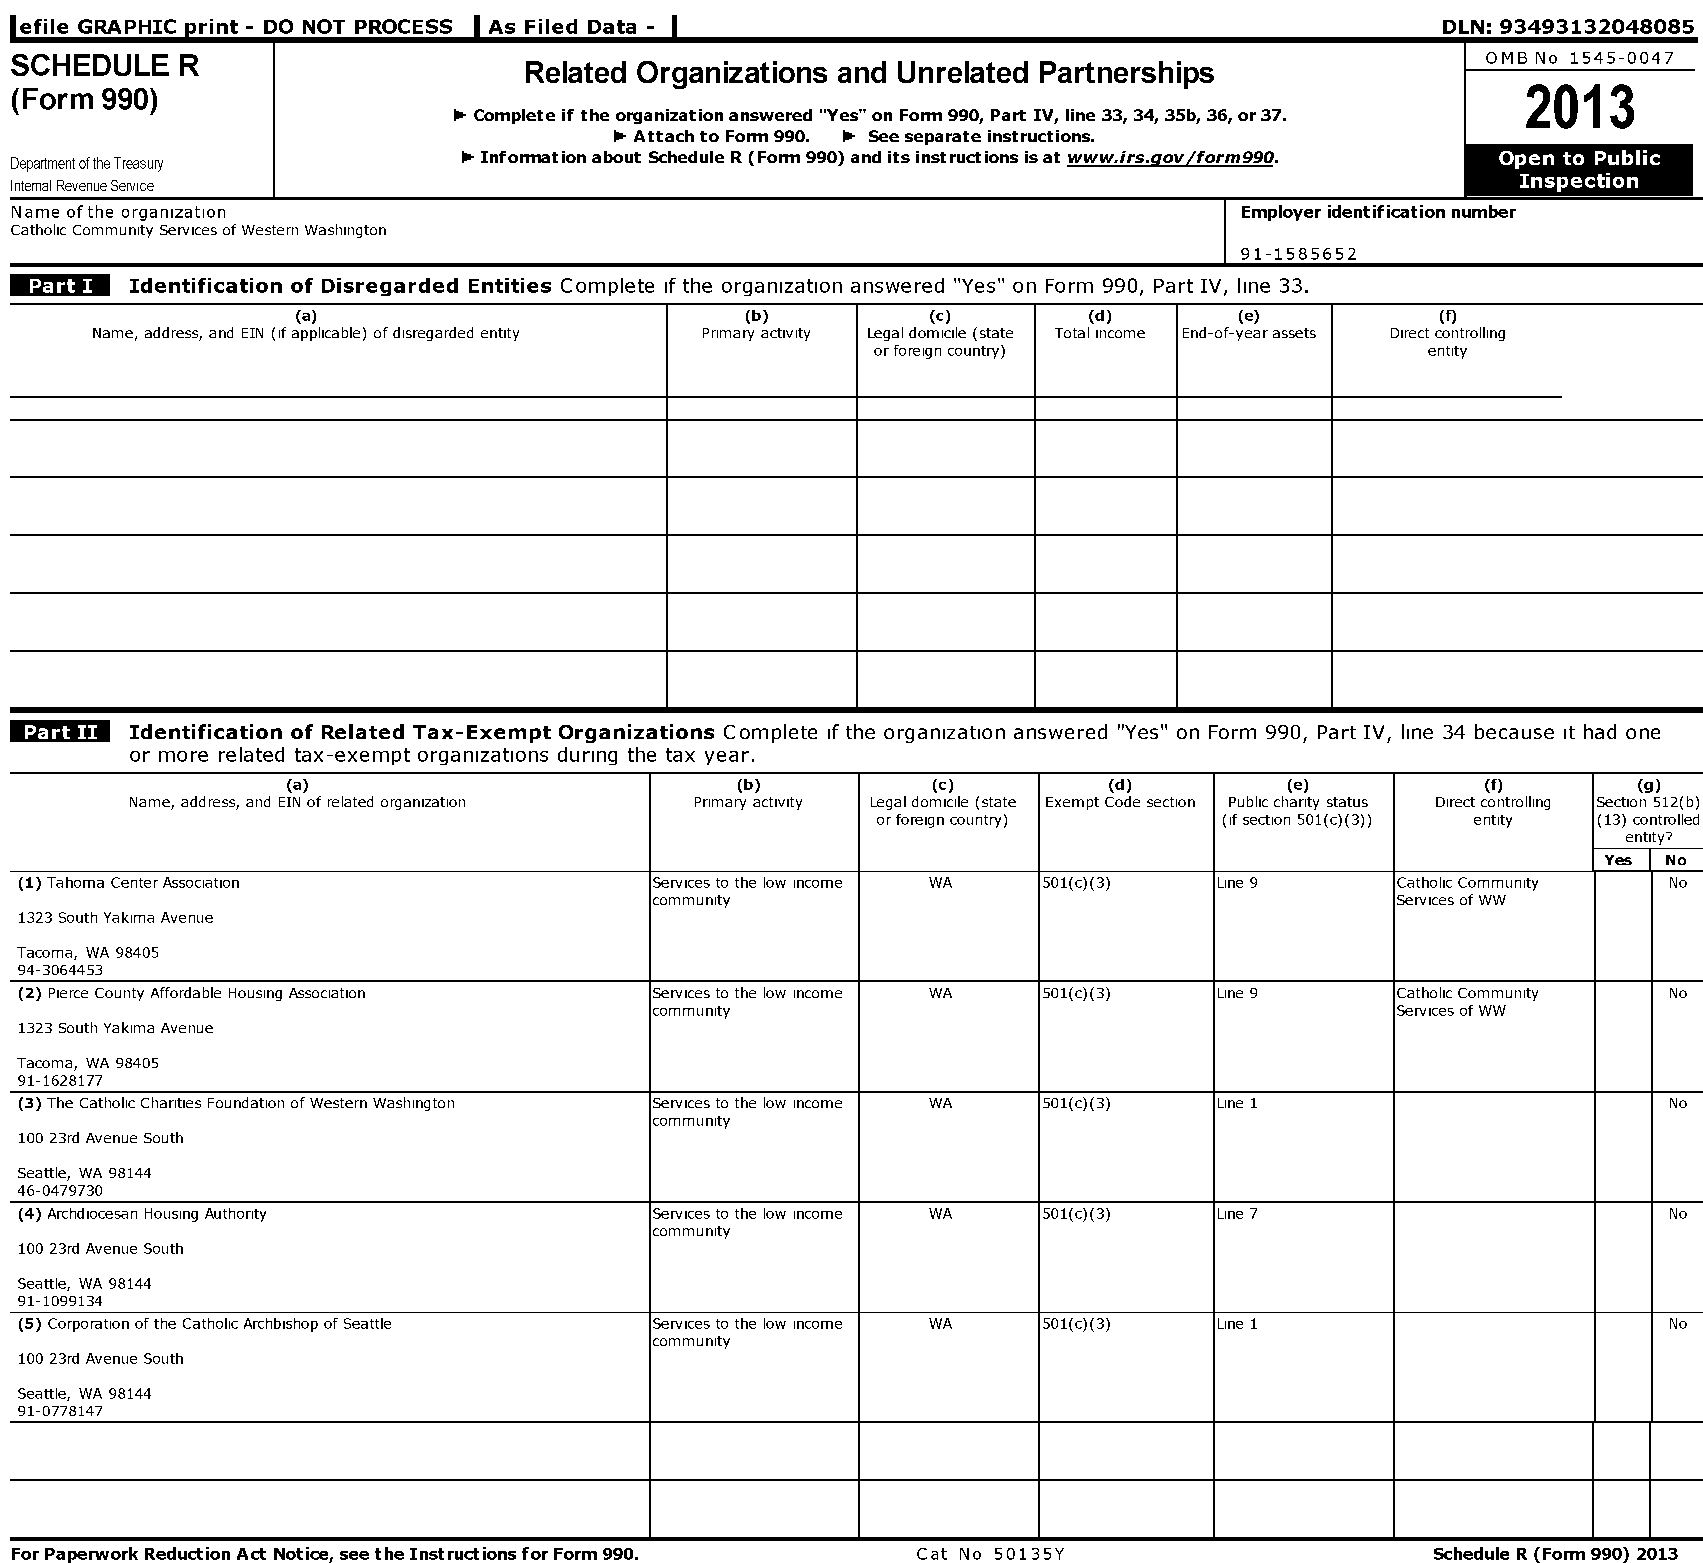
lefile GRAPHIC print - DO NOT PROCESS As Filed Data -                                          DLN:93493132048085
 SCHEDULE   R                                                                                     OMB No 1545-0047
 Related Organizations and Unrelated Partnerships
 2013
 (Form 990)
 1- Complete if the organization answered "Yes" on Form 990, Part IV, line 33, 34, 35b, 36, or37.
 1- Attach to Form 990. 1- See separate instructions.
 1- Information about Schedule R (Form 990) and its instructions isat www.irs.gov/form990.
 DepartmentoftheTreasury
 Internal RevenueService
 Name ofthe organization                                                          Employer identification number
 Catholic Community Services ofWestern Washington
 91-1585652
 Identification of Disregarded Entities Complete if the organization answered "Yes" on Form 990, Part IV, line 33.
 (a)                          (b)          (c)       (d)       (e)          (f)
 Name, address, and EIN (ifapplicable) ofdisregarded entity Primary activity Legal domicile (state Total income End-of-year assets Direct controlling
 orforeign country)                   entity
 Identification of Related Tax-Exempt Organizations Complete if the organization answered "Yes" on Form 990, Part IV, line 34 because it had one
 or more related tax-exempt organizations during the tax year.
 (a)                           (b)          (c)        (d)         (e)          (f)        (g)
 Name, address, and EIN of related organization Primary activity Legal domicile (state Exempt Code section Publiccharity status Direct controlling Section 512(b)
 orforeign country)     (if section 501(c)(3)) entity (13) controlled
 entity?
 Yes No
 (1) Tahoma CenterAssociation              Services to the low income WA 501(c)(3) Line 9    Catholic Community No
 community                                         Services ofWW
 1323 South Yakima Avenue
 Tacoma, WA 98405
 94-3064453
 (2) Pierce County Affordable Housing Association Services to the low income WA 501(c)(3) Line 9 Catholic Community No
 community                                         Services ofWW
 1323 South Yakima Avenue
 Tacoma, WA 98405
 91-1628177
 (3) The Catholic Charities Foundation ofWestern Washington Services to the low income WA 501(c)(3) Line 1     No
 community
 100 23rd Avenue South
 Seattle, WA 98144
 46-0479730
 (4) Archdiocesan Housing Authority        Services to the low income WA 501(c)(3) Line 7                      No
 community
 100 23rd Avenue South
 Seattle, WA 98144
 91-1099134
 (5) Corporation ofthe Catholic Archbishop of Seattle Services to the low income WA 501(c)(3) Line 1           No
 community
 100 23rd Avenue South
 Seattle, WA 98144
 91-0778147
 For Paperwork Reduction Act Notice, see the Instructions for Form 990. Cat No 50135Y          Schedule R (Form 990) 2013